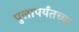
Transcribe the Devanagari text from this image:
पुलापर्यंतच्या